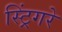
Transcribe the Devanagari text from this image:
स्ट्रिंगरे